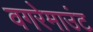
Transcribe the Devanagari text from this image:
वगरेमाउंट